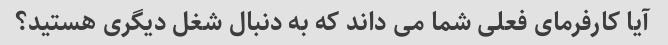
آیا کارفرمای فعلی شما می داند که به دنبال شغل دیگری هستید؟